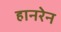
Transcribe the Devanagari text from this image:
हानरेन